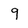
Character: 9